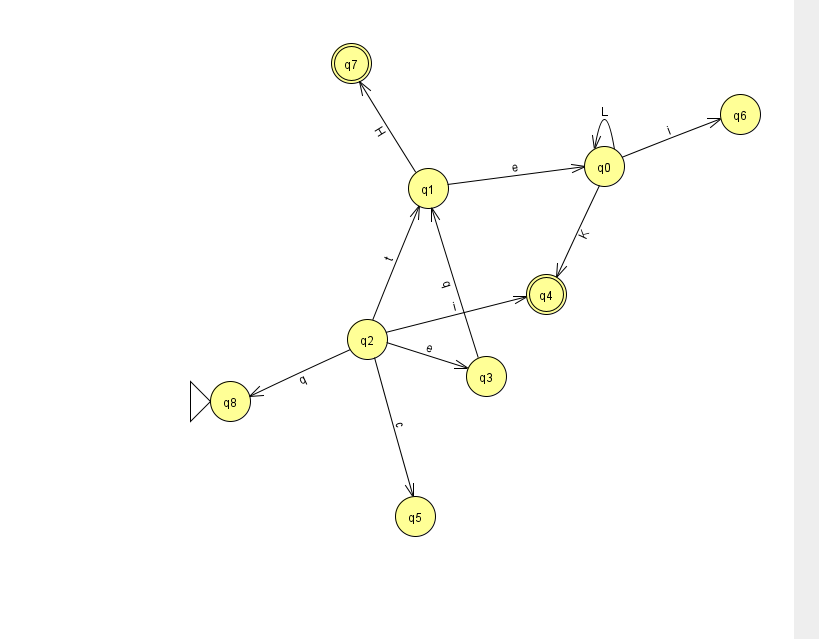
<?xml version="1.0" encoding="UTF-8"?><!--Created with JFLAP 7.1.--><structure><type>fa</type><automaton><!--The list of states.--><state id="0" name="q0"><x>604.0</x><y>153.0</y></state><state id="1" name="q1"><x>428.0</x><y>175.0</y></state><state id="2" name="q2"><x>367.0</x><y>326.0</y></state><state id="3" name="q3"><x>486.0</x><y>363.0</y></state><state id="4" name="q4"><x>546.0</x><y>281.0</y><final/></state><state id="5" name="q5"><x>415.0</x><y>503.0</y></state><state id="6" name="q6"><x>740.0</x><y>101.0</y></state><state id="7" name="q7"><x>351.0</x><y>50.0</y><final/></state><state id="8" name="q8"><x>230.0</x><y>388.0</y><initial/></state><!--The list of transitions.--><transition><from>2</from><to>3</to><read>e</read></transition><transition><from>1</from><to>0</to><read>e</read></transition><transition><from>1</from><to>7</to><read>H</read></transition><transition><from>3</from><to>1</to><read>q</read></transition><transition><from>2</from><to>1</to><read>t</read></transition><transition><from>2</from><to>5</to><read>c</read></transition><transition><from>0</from><to>4</to><read>K</read></transition><transition><from>2</from><to>8</to><read>q</read></transition><transition><from>0</from><to>0</to><read>L</read></transition><transition><from>0</from><to>6</to><read>i</read></transition><transition><from>2</from><to>4</to><read>i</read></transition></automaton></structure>